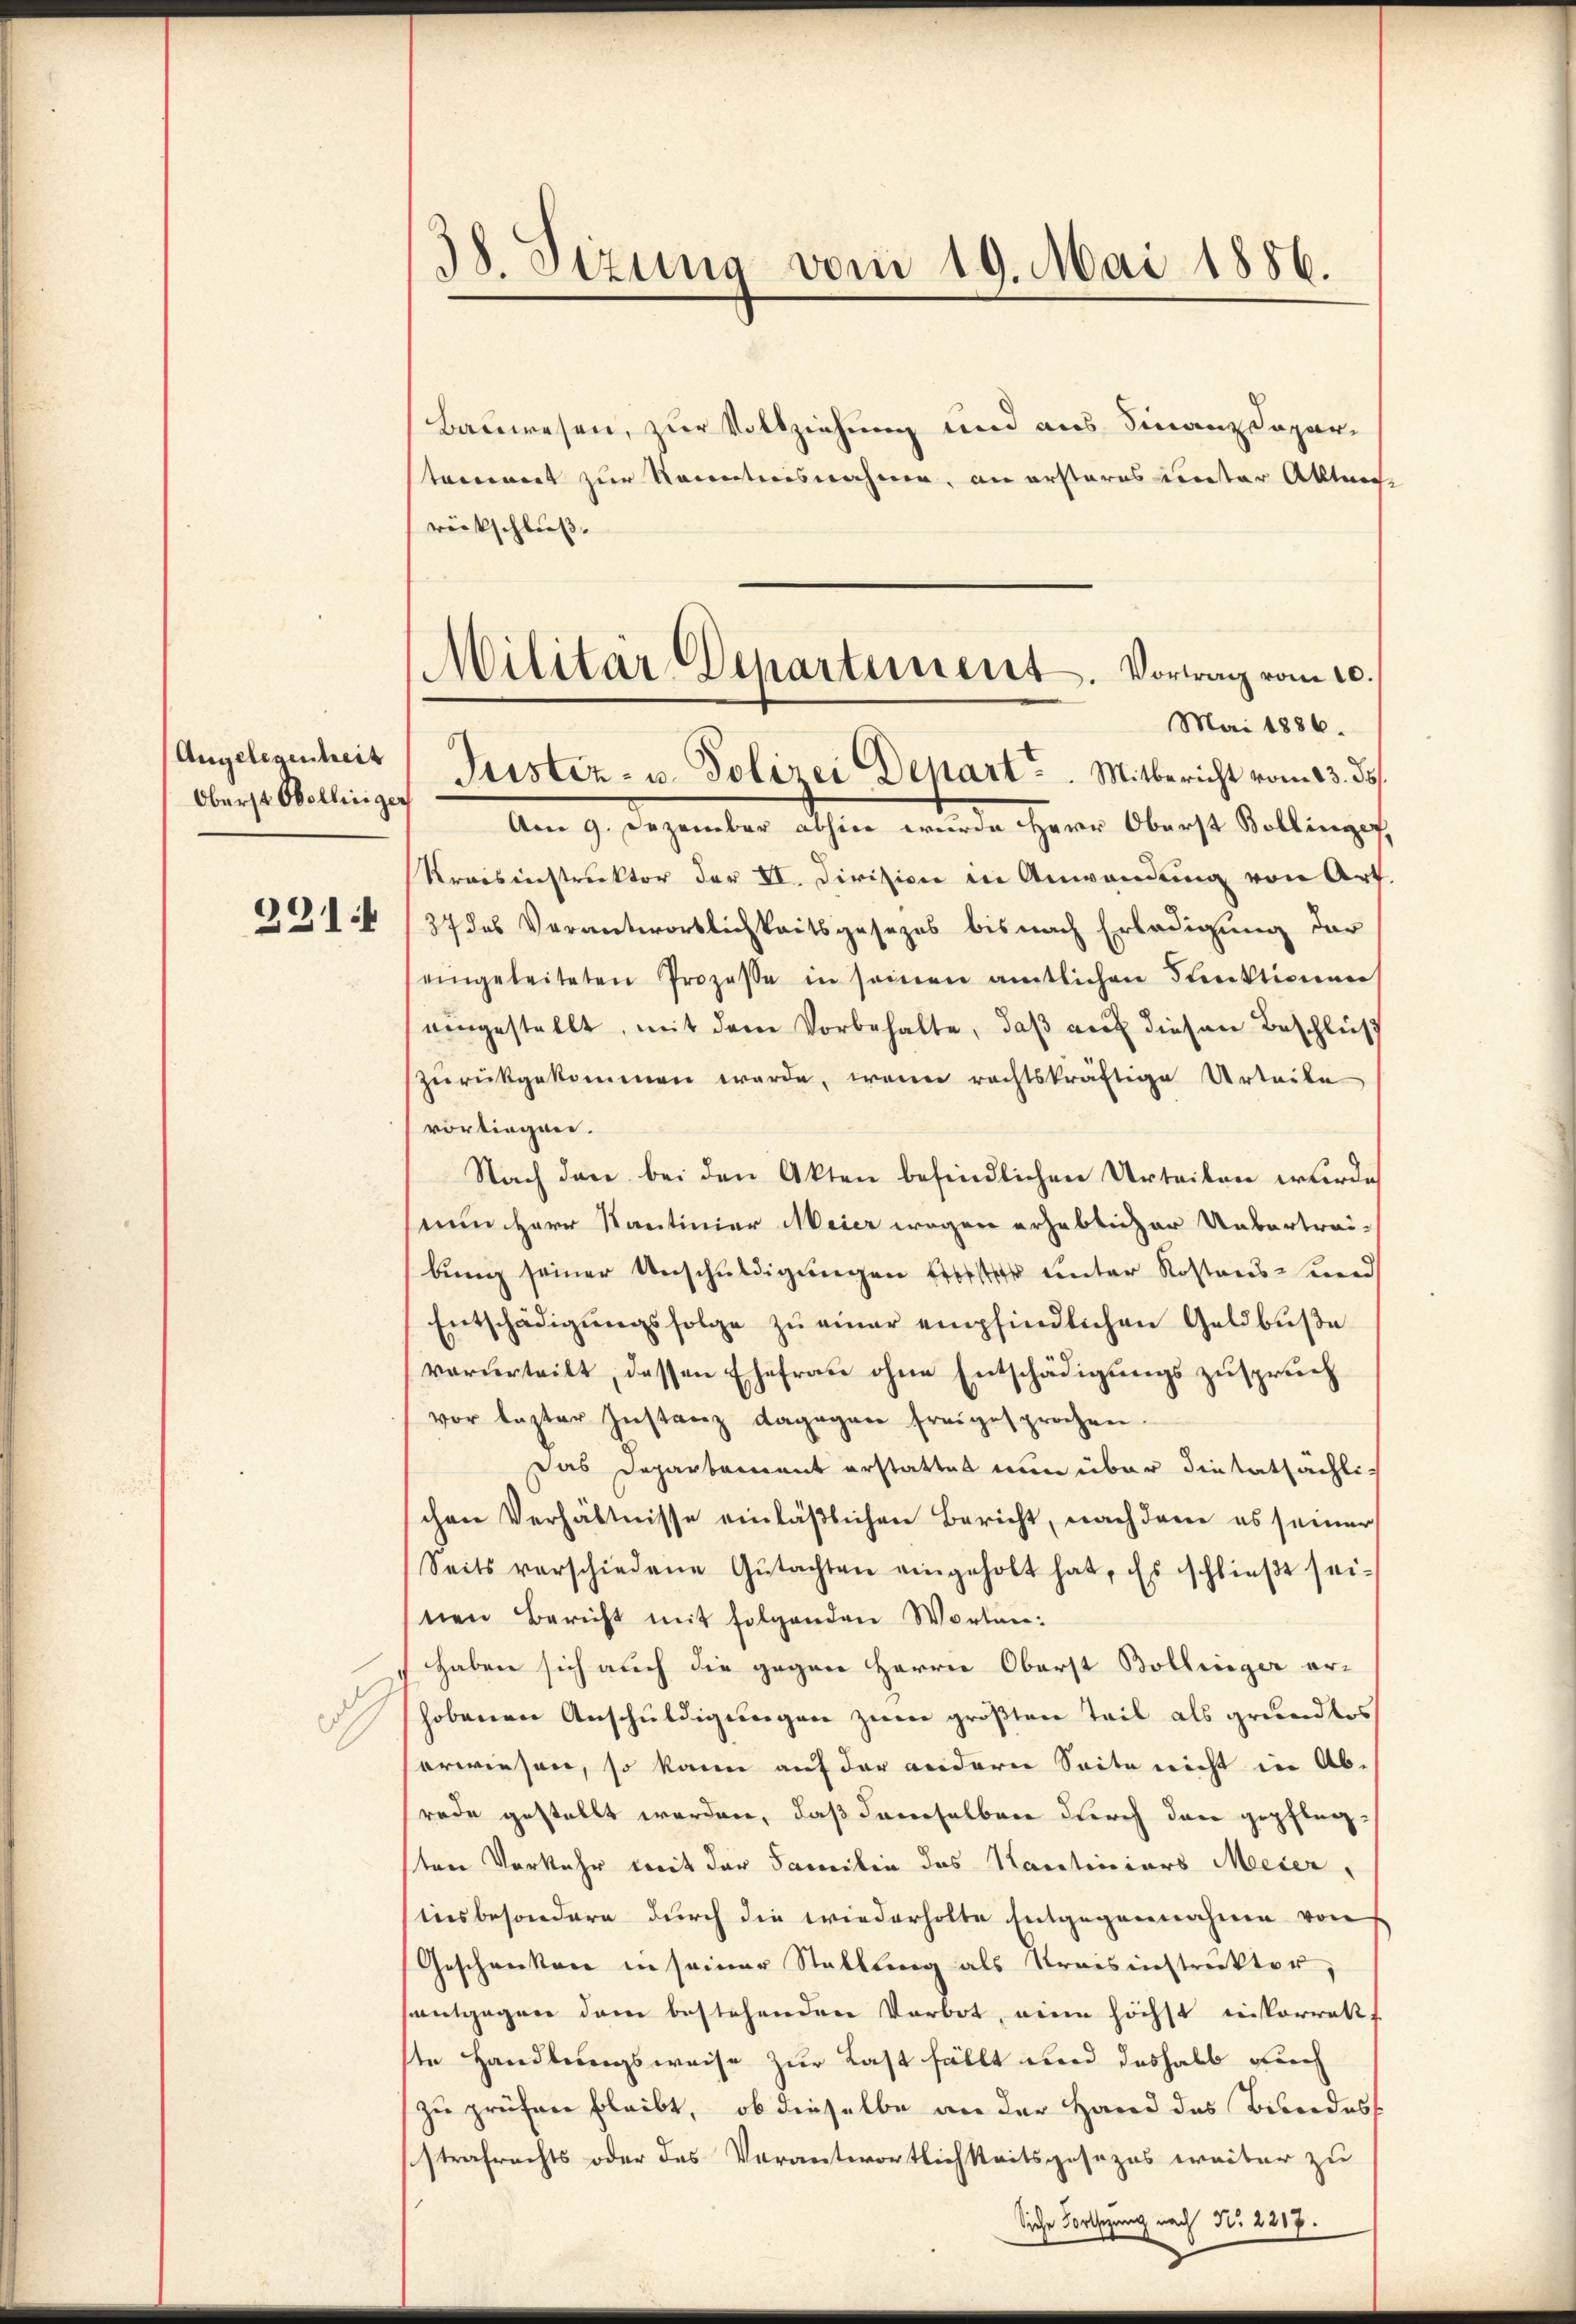
Oberst Obollinger

Bauwesen, zur Vollziehung und aus Finanzdepartament zur Kenntnisnahme, an ersteres unter Akten
rückschluß.
Am 9. Dezember abhin wurde Herr Oberst Bollinger
Kreisinstruktor der II. Division in Anwendung von Art
394, 37 des Verantwortlichkeitsgesezes bis nach Erledigung der
eingeleiteten Prozesse in seinen amtlichen Funktionen
eingestellt, mit dem Vorbehalte, daß auf diesen Beschluß
zŭrückgekommen werde, wenn rechtskräftige Urteile
vortragen.
Nach den bei den Akten befindlichen Urteilen wurde
nun Herr Kantinier Meier wegen erhabteiger Uebertrei-
bung seiner Anschuldigungen Erster unter Kostens und
Entschädigungsfolge zu einer empfindlichen Geldbuße
vorurteilt, dessen Ehefrau ohne Entschädigungszuspruch
vor lezter Instanz dagegen freigesprochen.
Das Departement erstattet nun über die tatsächlichen Verhältnisse einläßlichen Bericht, nach dere es seiner
Seits verschiedene Gŭtachten eingeholt hat. Es schlieβt sei-
nen Bericht mit folgenden Worten:
haben sich auch die gegen Herrn Oberst Bollinger er-
shobenen Anschuldigungen zum größten Teil als grundlos
erwiesen, so kann auf der andern Seite nicht in Ab-
rade gestellt worden, daß demselben durch den gepflegten Vorkehr mit der Familie das Hartiniors Meier,
(insbesondere durch die wiederholte Entgegennahme von
Geschenken in seiner Stallung als Kreisinstruktor,
santgegen dem bestehenden Verbot, eine höchst inskorrekt
ste Handlungsweise zur Last fällt und deshalb durch
zu prüfen bleibt, ob dieselbe an der Hand des Bundes
sstrafrechts oder das Verantwortlichkeitsgesezes weiter zu
Siche Fortschung nach No. 2217.

38. Sizung vom 19. Mai 1856.

Militär-Departement. Vortrag vom 10.
Mai 1886.
Angelegenheit, Justiz- u. Polizei Depart ..  ..  Mitbericht vom 13. ds.